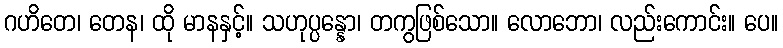
ဂဟိတေ၊ တေန၊ ထို မာနနှင့်။ သဟုပ္ပန္နော၊ တကွဖြစ်သော။ လောဘော၊ လည်းကောင်း။ ပေ။